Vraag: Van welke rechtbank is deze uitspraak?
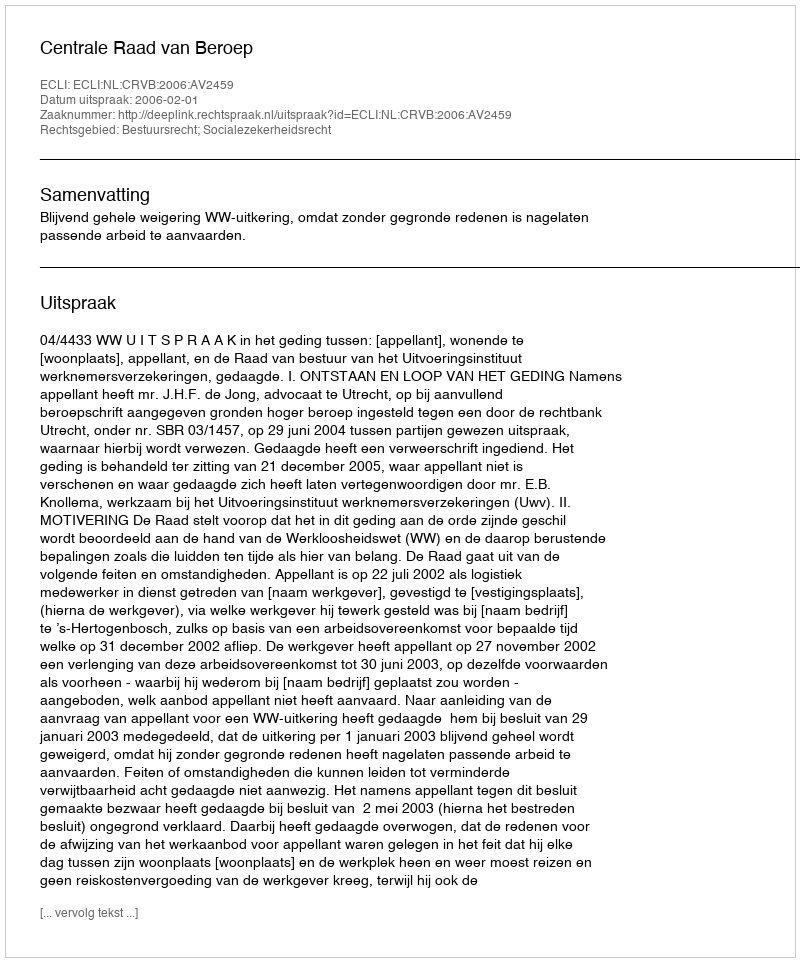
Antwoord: Centrale Raad van Beroep